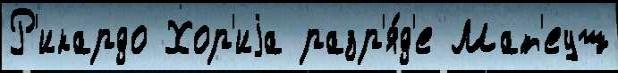
Р'икардо Хор'иjа разр'я́д'е Мат'еуш